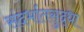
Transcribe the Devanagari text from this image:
संदर्भातसुद्धा